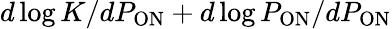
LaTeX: d\log{K}/dP_{\mathrm{ON}}+d\log{P_{\mathrm{ON}}}/dP_{\mathrm{ON}}